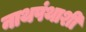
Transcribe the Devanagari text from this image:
नाथपंथाशी